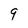
Character: 9